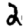
Digit: 2